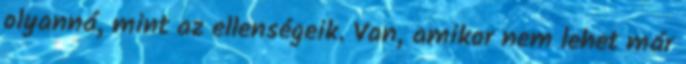
olyanná, mint az ellenségeik. Van, amikor nem lehet már